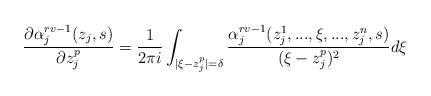
LaTeX: \begin{align*}\frac{\partial \alpha_j^{rv-1}(z_j,s)}{\partial z_j^p}=\frac{1}{2\pi i}\int_{|\xi-z_j^p|=\delta}\frac{\alpha_j^{rv-1}(z_j^1,...,\overset{}{\xi},...,z_j^n,s)}{(\xi-z_j^p)^2}d\xi\end{align*}